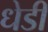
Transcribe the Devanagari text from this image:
धेडी